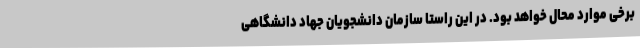
برخی موارد محال خواهد بود. در این راستا سازمان دانشجویان جهاد دانشگاهی